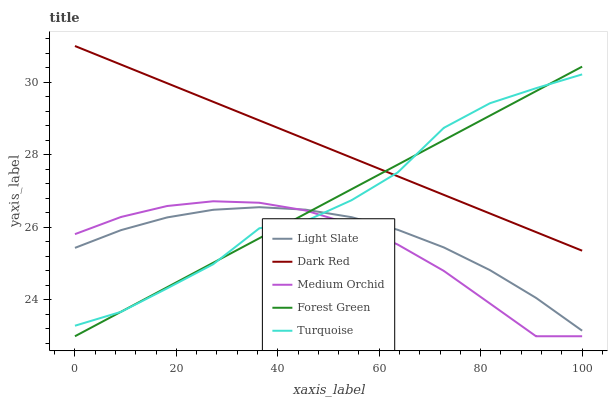
| xaxis_label | Light Slate | Dark Red | Medium Orchid | Forest Green | Turquoise |
 | --- | --- | --- | --- | --- | --- |
 | 0 | 25.4 | 31 | 25.8 | 23 | 23.3 |
 | 9.09 | 25.9 | 30.5 | 26.3 | 23.7 | 23.7 |
 | 18.2 | 26.3 | 30 | 26.6 | 24.4 | 24.3 |
 | 27.3 | 26.5 | 29.5 | 26.7 | 25 | 25 |
 | 36.4 | 26.6 | 28.9 | 26.7 | 25.7 | 26 |
 | 45.5 | 26.5 | 28.4 | 26.5 | 26.4 | 26.2 |
 | 54.5 | 26.3 | 27.9 | 26.1 | 27.1 | 26.7 |
 | 63.6 | 25.9 | 27.4 | 25.5 | 27.7 | 27.5 |
 | 72.7 | 25.4 | 26.9 | 24.8 | 28.4 | 28.7 |
 | 81.8 | 24.8 | 26.4 | 23.9 | 29.1 | 29.4 |
 | 90.9 | 24.1 | 25.9 | 23 | 29.8 | 29.8 |
 | 100 | 23.2 | 25.4 | 23 | 30.4 | 30.2 |